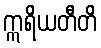
ဣရိယတီတိ